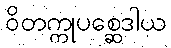
ဝိတက္ကုပစ္ဆေဒါယ